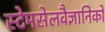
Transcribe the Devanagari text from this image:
स्टेमसेलवैज्ञानिकों